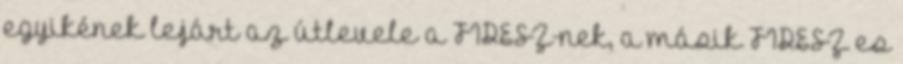
egyikének lejárt az útlevele a FIDESZ-nek, a másik FIDESZ—es